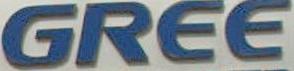
GREE